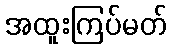
အထူးကြပ်မတ်